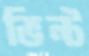
ভিন্ট